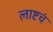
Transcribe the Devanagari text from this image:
लाष्टचं